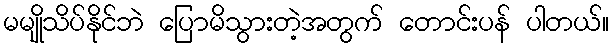
မမျိုသိပ်နိုင်ဘဲ ပြောမိသွားတဲ့အတွက် တောင်းပန် ပါတယ်။